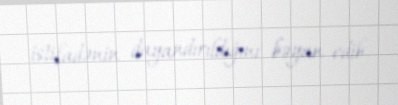
istifadənin dayandırıldığını bəyan edib.